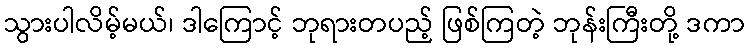
သွားပါလိမ့်မယ်၊ ဒါကြောင့် ဘုရားတပည့် ဖြစ်ကြတဲ့ ဘုန်းကြီးတို့ ဒကာ